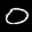
Label: 0